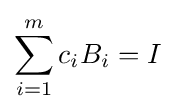
\sum _{i=1}^{m}c_{i}B_{i}=I